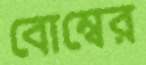
বোম্বের